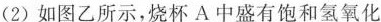
(2)如图乙所示，烧杯A中盛有饱和氢氧化